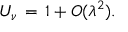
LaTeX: U _ { \nu } \, = \, 1 + O ( \lambda ^ { 2 } ) .